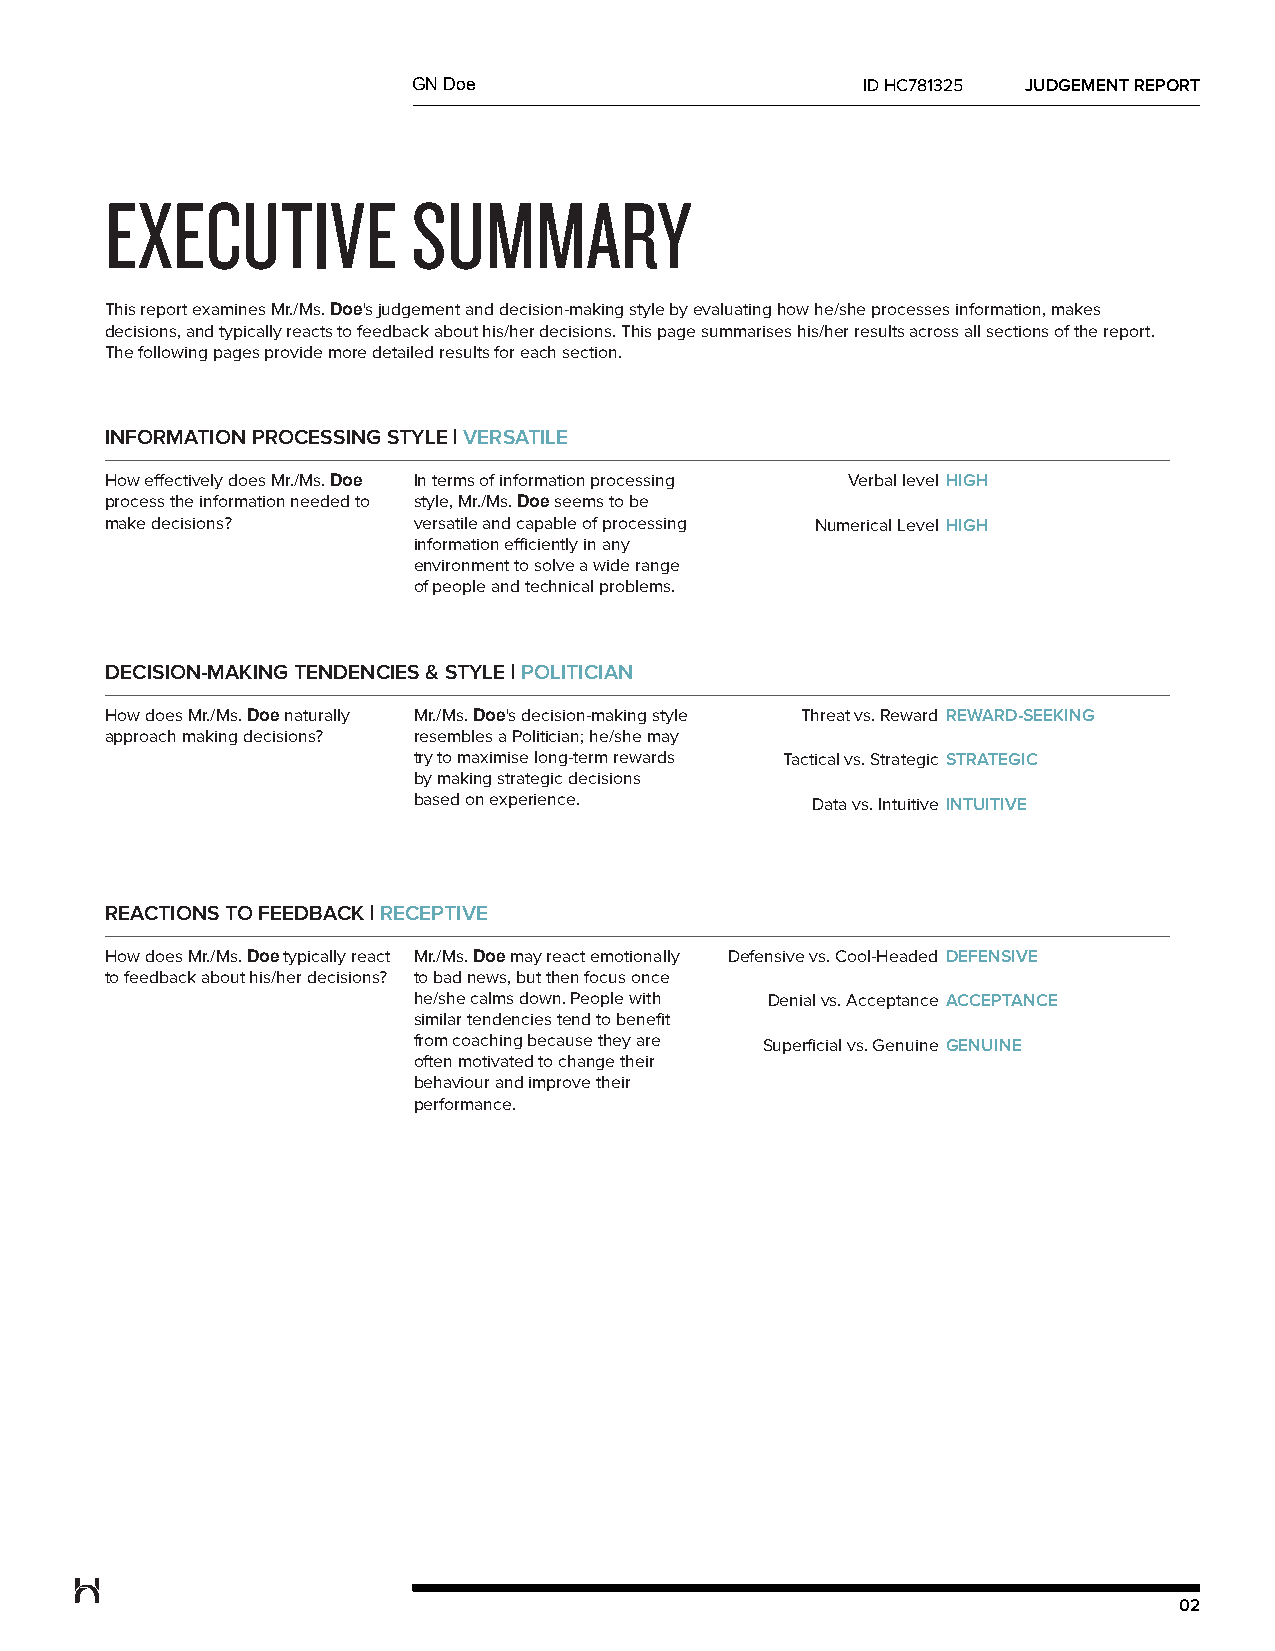
GN Doe                        ID HC781325 JUDGEMENT REPORT
 EXECUTIVE           SUMMARY
 This report examines Mr./Ms. Doe's judgement and decision-making style by evaluating how he/she processes information, makes
 decisions, and typically reacts to feedback about his/her decisions. This page summarises his/her results across all sections of the report.
 The following pages provide more detailed results for each section.
 INFORMATION PROCESSING STYLE | VERSATILE
 How effectively does Mr./Ms. Doe In terms of information processing Verbal level HIGH
 process the information needed to style, Mr./Ms. Doe seems to be
 make decisions?     versatile and capable of processing Numerical Level HIGH
 information efficiently in any
 environment to solve a wide range
 of people and technical problems.
 DECISION-MAKING TENDENCIES & STYLE | POLITICIAN
 How does Mr./Ms. Doe naturally Mr./Ms. Doe's decision-making style Threat vs. Reward REWARD-SEEKING
 approach making decisions? resembles a Politician; he/she may
 try to maximise long-term rewards Tactical vs. Strategic STRATEGIC
 by making strategic decisions
 based on experience.       Data vs. Intuitive INTUITIVE
 REACTIONS TO FEEDBACK | RECEPTIVE
 How does Mr./Ms. Doe typically react Mr./Ms. Doe may react emotionally Defensive vs. Cool-Headed DEFENSIVE
 to feedback about his/her decisions? to bad news, but then focus once
 he/she calms down. People with Denial vs. Acceptance ACCEPTANCE
 similar tendencies tend to benefit
 from coaching because they are Superficial vs. Genuine GENUINE
 often motivated to change their
 behaviour and improve their
 performance.
 02